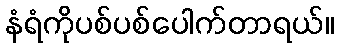
နံရံကိုပစ်ပစ်ပေါက်တာရယ်။